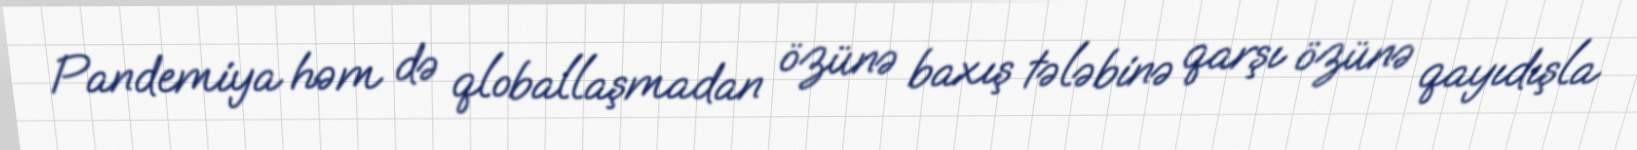
Pandemiya həm də qloballaşmadan özünə baxış tələbinə qarşı özünə qayıdışla